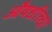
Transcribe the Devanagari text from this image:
औषधींच्या